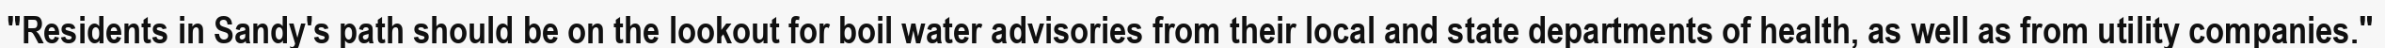
"Residents in Sandy's path should be on the lookout for boil water advisories from their local and state departments of health, as well as from utility companies."